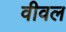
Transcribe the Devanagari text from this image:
वीवल